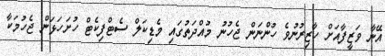
އޭނާ ވަޒީފާއަށް ހާޒިރުނުވެ ހުންނަން ޖެހުނު މުއްދަތުގައި މެޑިކަލް ސެޓްފިކެޓް ހުށަހަޅަން ޖެހުމަކާ